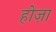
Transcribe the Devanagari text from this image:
होज़ा